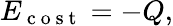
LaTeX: E_{\mathrm{~c~o~s~t~}}=-Q,